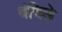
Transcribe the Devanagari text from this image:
वंदिले